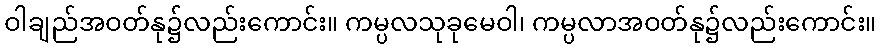
ဝါချည်အဝတ်နု၌လည်းကောင်း။ ကမ္ပလသုခုမေဝါ၊ ကမ္ပလာအဝတ်နု၌လည်းကောင်း။